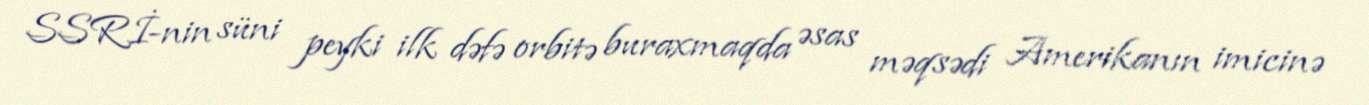
SSRİ-nin süni peyki ilk dəfə orbitə buraxmaqda əsas məqsədi Amerikanın imicinə